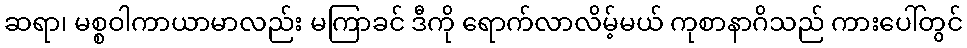
ဆရာ၊ မစ္စဝါကာယာမာလည်း မကြာခင် ဒီကို ရောက်လာလိမ့်မယ် ကုစာနာဂိသည် ကားပေါ်တွင်